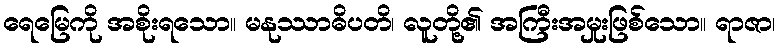
ရေမြေကို အစိုးရသော။ မနုဿာဓိပတိ၊ လူတို့၏ အကြီးအမှုးဖြစ်သော။ ရာဇာ၊